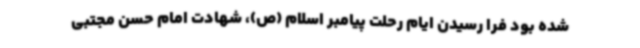
شده بود فرا رسیدن ایام رحلت پیامبر اسلام (ص)، شهادت امام حسن مجتبی